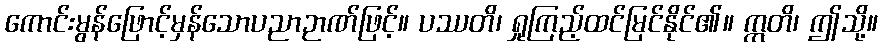
ကောင်းမွန်ဖြောင့်မှန်သောပညာဉာဏ်ဖြင့်။ ပဿတိ၊ ရှုကြည့်ထင်မြင်နိုင်၏။ ဣတိ၊ ဤသို့။